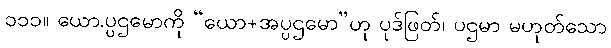
၁၁၁။ ယော.ပ္ပဌမောကို “ယော+အပ္ပဌမော”ဟု ပုဒ်ဖြတ်၊ ပဌမာ မဟုတ်သော